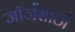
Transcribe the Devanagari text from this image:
जॉर्जसाठी